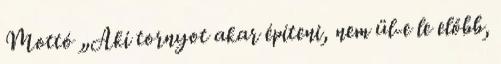
Mottó „Aki tornyot akar építeni, nem ül-e le előbb,